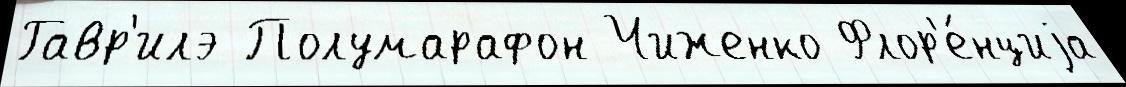
Гавр'илэ Полумарафон Чиженко Флор'е́нциjа